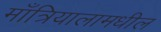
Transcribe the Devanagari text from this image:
माँत्रियालामधील